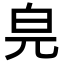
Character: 𤽅